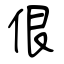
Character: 佷